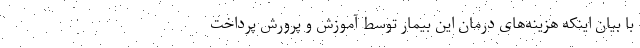
با بیان اینکه هزینه‌های درمان این بیمار توسط آموزش و پرورش پرداخت